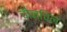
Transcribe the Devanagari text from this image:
चौन्चिल